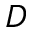
D